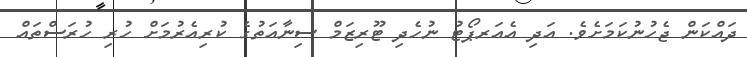
ދައްކަން ޖެހުނުކަމަށެވެ. އަދި އެއަރޕޯޓު ނުހެދި ޓޫރިޒަމް ސިނާއަތުގެ ކުރިއެރުމަށް ހުރި ހުރަސްތައް